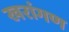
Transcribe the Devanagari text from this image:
खरांगण